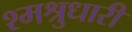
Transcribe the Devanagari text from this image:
श्मश्रुधारी